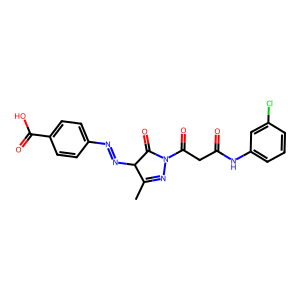
SMILES: CC1=NN(C(=O)CC(=O)Nc2cccc(Cl)c2)C(=O)C1N=Nc1ccc(C(=O)O)cc1
Inhibits HIV replication: No